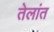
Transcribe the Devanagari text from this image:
तेलांत